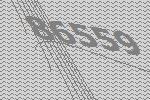
86559